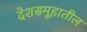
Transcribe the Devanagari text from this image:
देशसमूहातील